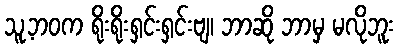
သူ့ဘဝက ရိုးရိုးရှင်းရှင်းဗျ၊ ဘာဆို ဘာမှ မလိုဘူး